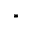
\ast